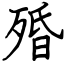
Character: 殙